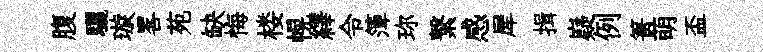
腹驪璇畧苑缺悔楼幌繹令𥱼珎繋感犀揖嶷例箐萌盃